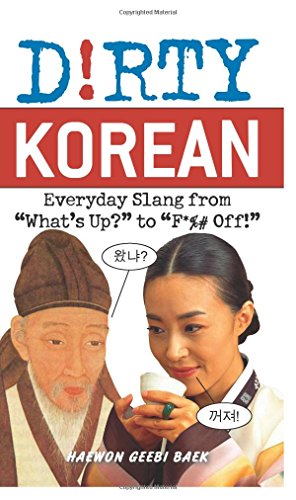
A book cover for Dirty Korean: Everyday Slang from "What's Up?" to "F*%# Off!" (Dirty Everyday Slang); Haewon Geebi Baek; Reference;